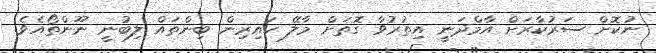
ނުކޮށް ސަރުކާރަށް އާމްދަނީ އިތުރުވާ ގޮތަށް މާލޭ ކައިރިން ބިންތައް ލިބުނީ ނޫންތޯއެވެ.